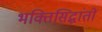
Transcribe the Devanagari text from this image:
भक्तिसिद्धांतों